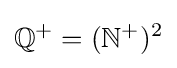
\mathbb {Q} ^{+}=(\mathbb {N} ^{+})^{2}